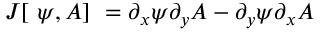
J [ \ \psi , A ] \ = { \partial _ { x } } \psi { \partial _ { y } } A - { \partial _ { y } } \psi { \partial _ { x } } A